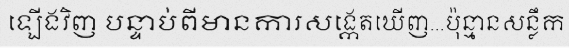
ឡើងវិញ បន្ទាប់ពីមានការសង្កេតឃើញ...ប៉ុន្មានសន្លឹក